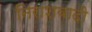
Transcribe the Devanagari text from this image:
निराशवादी